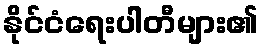
နိုင်ငံရေးပါတီများ၏